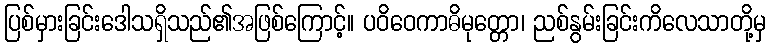
ပြစ်မှားခြင်းဒေါသရှိသည်၏အဖြစ်ကြောင့်။ ပဝိဝေကာဓိမုတ္တော၊ ညစ်နွမ်းခြင်းကိလေသာတို့မှ